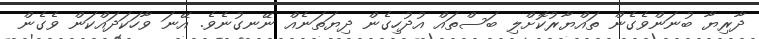
ދާރިޔާ ބުނަންވެގެން ތައްޔާރުކޮށްލި ބަސްތައް އުދުހިގެން ދިޔަތަނެއް ނޭނގުނެވެ. އޭނަ ވާހަކަދައްކަން ވެގެން